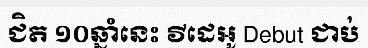
ជិត ១០ឆ្នាំនេះ វីដេអូ Debut ជាប់